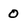
Character: O